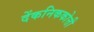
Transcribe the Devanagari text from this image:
देंकनिककोत्ती